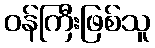
ဝန်ကြီးဖြစ်သူ